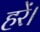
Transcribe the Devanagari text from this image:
हरें।